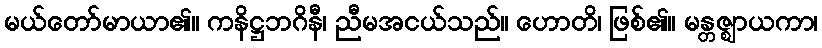
မယ်တော်မာယာ၏။ ကနိဋ္ဌဘဂိနီ၊ ညီမအငယ်သည်။ ဟောတိ၊ ဖြစ်၏။ မန္တဇ္ဈာယကာ၊